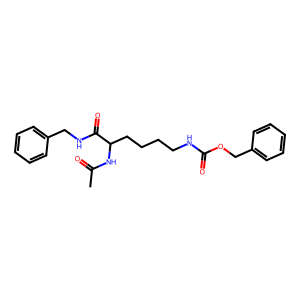
SMILES: CC(=O)NC(CCCCNC(=O)OCc1ccccc1)C(=O)NCc1ccccc1
Inhibits HIV replication: No